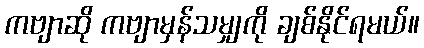
ကဗျာဆို ကဗျာမှန်သမျှကို ချစ်နိုင်ရမယ်။